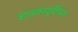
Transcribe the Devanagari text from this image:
शतकपूर्वीच्या